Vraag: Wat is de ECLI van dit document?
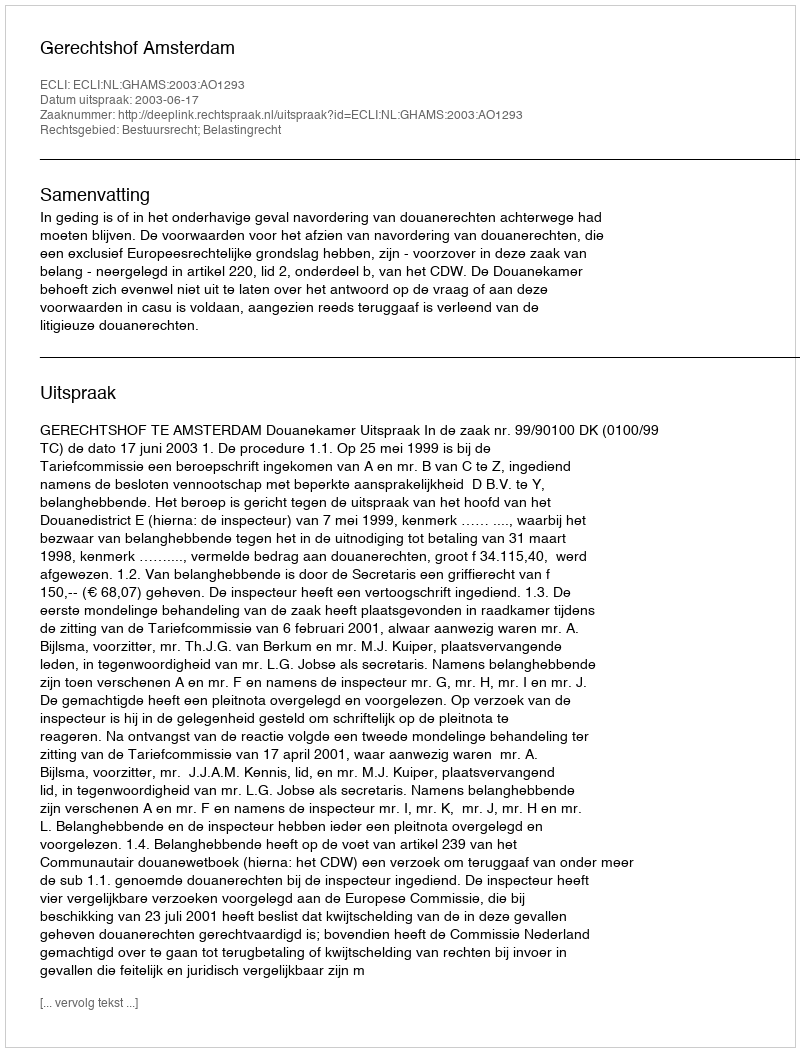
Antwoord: ECLI:NL:GHAMS:2003:AO1293